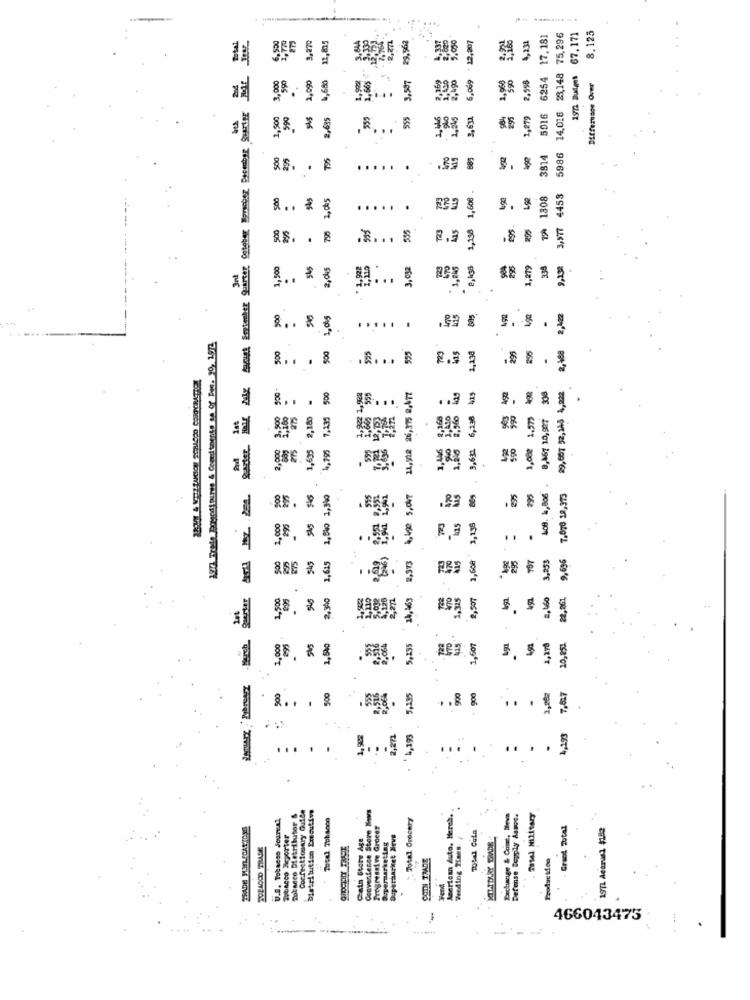
....
8,125
12,825
-2,271
-4337
2,630
9.030
+ 12,207
6254 17.181
14,016 23,148 75,296
67,171
out Enteber quarter Coteber Bes probar Suerte
3,870
7.764
197 Dudes 67.1
3,000
2,090
4,68%
2,490
6,069
1,968
590
..
2,558
Difference Over
1,500
990
2,635
555
555
3,631
2.95
1,879
5016
-
5986
295
795
3814
.....
1,608 .
1308
3,577 4453
.
8 .. . .
.....
500
795
555
T23
1,158
195.
295
.
1,500
545
2.dkg
3, 032
2,438
1,279
338
9,138
3rd
492
.
..... .
300
500
535
723
295
895
2,468
115
2,230
.
& . . . &
11,512 26,375 8,477
29,60T 52,345 4,202
500
555
EE''
8 . .
3,500
1,635 2,160
7,139
6,138
1.375
8,467 10,907
SASEr
2,900
4,795
9,631
1,00e
500
295
1,840 1,340
4,4g0 5,047
470
235
408. 1,806
7.070 12,373
1,000
SAS
1,135
.
R.9
..
500
2,973
70
2,608
TOT
3,253
9,696
1,615
Saarter
1,500
995
2,9to
14,463
4325
2,507
22,861
ist
.
March
1,000
1,5%
5,235
1,607
4g1
1,278
10,851.
1 98.88
500
500
5,135
900
900
2,202
7,827
.... .
..
.
1,902
2,271
1,193
4,193
...
.
.
Confectionary Oufde
Distribution Executive
Convenience Store Kovs
U.S. Tobacso Jourenl
Tobseco Distributor &
Total Tobacco
" Total Grocery
American Auto, Heres,
Exchange & Com, Inc
Defuse Depoly Masoe.
Progressive Groeer
- Grand Total
1971 Acarusi $182
Tobacco Exporter
Feeding Teen.
POP4000 TRADE
Supermarketing
SOIN TRADE
Produc Mico
466043475
----